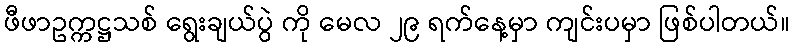
ဖီဖာဥက္ကဋ္ဌသစ် ရွေးချယ်ပွဲ ကို မေလ ၂၉ ရက်နေ့မှာ ကျင်းပမှာ ဖြစ်ပါတယ်။